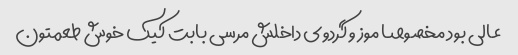
عالی بود مخصوصا موز و گردوی داخلش مرسی بابت کیک خوش طعمتون